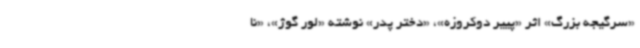
«سرگیجه بزرگ» اثر «پییر دوکروزه»، «دختر پدر» نوشته «لور گوژ»، «نا